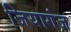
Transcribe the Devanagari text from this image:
जियागंज